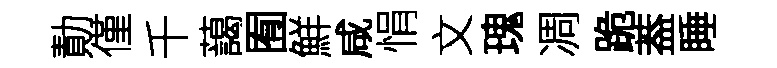
勣僅千藹囿鮮咸悁文瑰凋跪葢睡